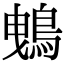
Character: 𪀕